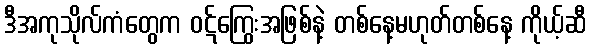
ဒီအကုသိုလ်ကံတွေက ဝဋ်ကြွေးအဖြစ်နဲ့ တစ်နေ့မဟုတ်တစ်နေ့ ကိုယ့်ဆီ